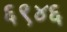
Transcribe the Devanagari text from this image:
६९४६